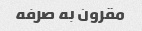
مقرون به صرفه